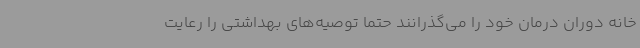
خانه دوران درمان خود را می‌گذرانند حتما توصیه‌های بهداشتی را رعایت